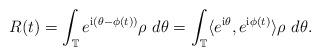
LaTeX: \begin{align*}R(t) = \int_{\mathbb T} e^{{\mathrm i} (\theta - \phi(t))} \rho ~ d\theta = \int_{\mathbb T} \langle e^{{\mathrm i} \theta}, e^{{\mathrm i} \phi(t)} \rangle \rho ~ d\theta.\end{align*}